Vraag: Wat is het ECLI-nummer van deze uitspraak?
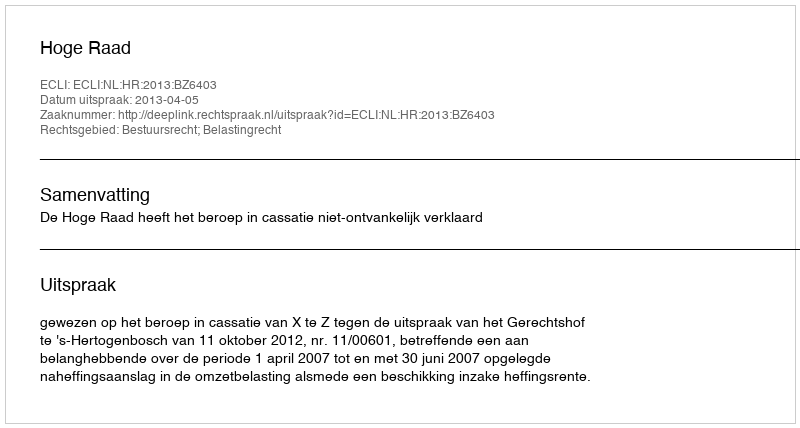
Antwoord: ECLI:NL:HR:2013:BZ6403